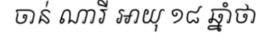
ចាន់ ណារី អាយុ ១៨ ឆ្នាំថា